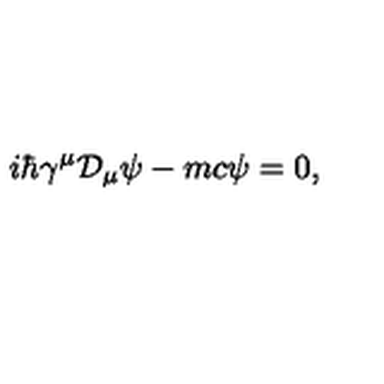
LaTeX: i \hbar \gamma ^ { \mu } { \mathcal D } _ { \mu } \psi - m c \psi = 0 ,